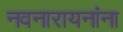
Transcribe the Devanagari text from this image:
नवनारायनांना